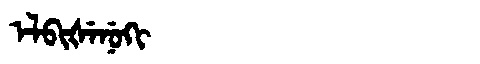
Manchu: ᡝᠯᠪᡳᡧᡝᠨᡠᡴᡳ
Romanization: ELBIŠENUKI